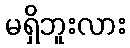
မရှိဘူးလား